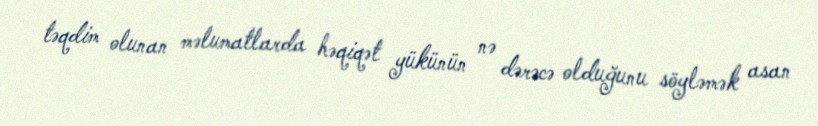
təqdim olunan məlumatlarda həqiqət yükünün nə dərəcə olduğunu söyləmək asan